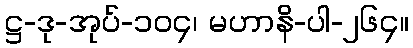
ဋ္ဌ-ဒု-အုပ်-၁၀၄၊ မဟာနိ-ပါ-၂၆၄။